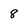
Character: 8